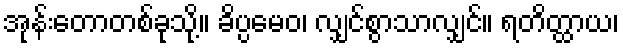
အုန်းတောတစ်ခုသို့။ ခိပ္ပမေဝ၊ လျှင်စွာသာလျှင်။ ရတိတ္ထာယ၊